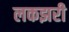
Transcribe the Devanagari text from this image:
लकझरी